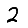
Digit: 2